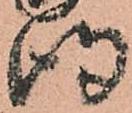
得